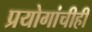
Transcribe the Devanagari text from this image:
प्रयोगांचीही